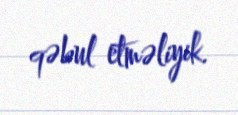
qəbul etməliyik.